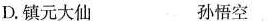
D.镇元大仙 孙悟空